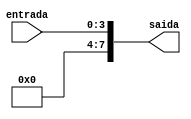
/*
	CEFET-MG
	Disciplina de Laboratrio de Arquitetura e Organizao de Computadores
	Data: 28/08/2021
	Aluno: Fernando Veizaga
	Matricula: 20203001902
*/

module extensor4p8(entrada, saida);
	input [3:0] entrada;
	
	output reg [7:0] saida;
	
	always @ (entrada)
	begin
		saida <= {{4{1'b0}}, entrada[3:0]};
	end
endmodule


module test_extensor4p8;
	reg [3:0] ent;
	
	wire [7:0] saida;
	
	initial begin
		ent = 1;
		#2 ent = 3;
		#2 ent = 7;
		#2 ent = 14;
	end
	
	initial begin
 		$monitor("Time=%0d entrada=%b saida=%b",$time, ent, saida);
 	end
	
	extensor4p8 mod1(ent, saida);
	
endmodule